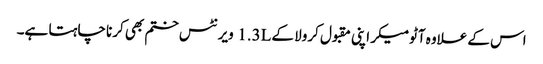
اس کے علاوہ آٹومیکر اپنی مقبول کرولا کے 1.3L ویرنٹس ختم بھی کرنا چاہتا ہے۔